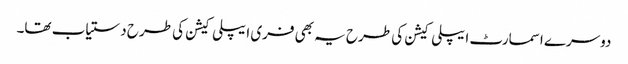
دوسرے اسمارٹ ایپلی کیشن کی طرح یہ بھی فری ایپلی کیشن کی طرح دستیاب تھا۔